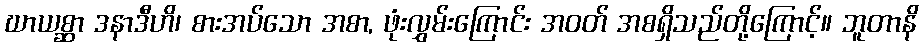
ဃာယစ္ဆာ ဒနာဒီဟိ၊ စားအပ်သော အစာ, ဖုံးလွှမ်းကြောင်း အဝတ် အစရှိသည်တို့ကြောင့်။ ဘူတာနိ